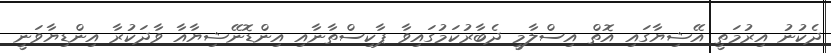
ދެކުނު އިރުމަތީ އޭޝިޔާގައި އޮތް އިސްލާމީ ދެބާރުކަމުގައިވާ ޕާކިސްތާނާއި އިންޑޮނޭޝިޔާއާ ވާދަކުރާ އިންޑިޔާވަނީ